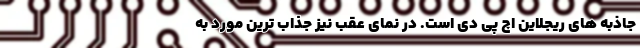
جاذبه های ریجلاین اچ پی دی است. در نمای عقب نیز جذاب ترین مورد به